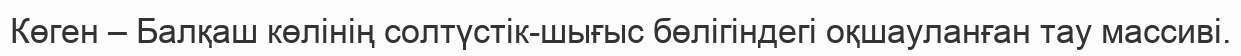
Көген – Балқаш көлінің солтүстік-шығыс бөлігіндегі оқшауланған тау массиві.